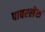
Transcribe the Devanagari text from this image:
पावरलेस